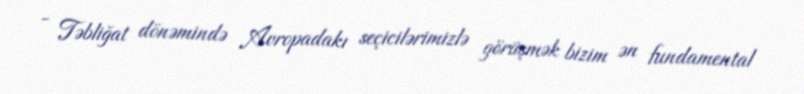
- Təbliğat dönəmində Avropadakı seçicilərimizlə görüşmək bizim ən fundamental